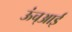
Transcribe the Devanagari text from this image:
ऊंच्आई